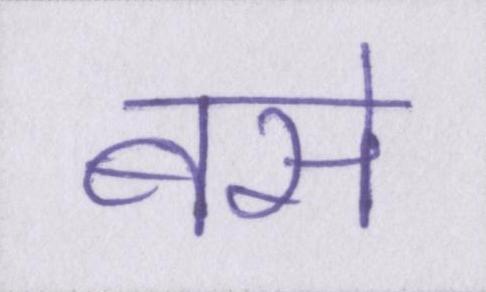
बसे